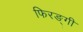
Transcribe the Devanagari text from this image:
फिरङ्गी